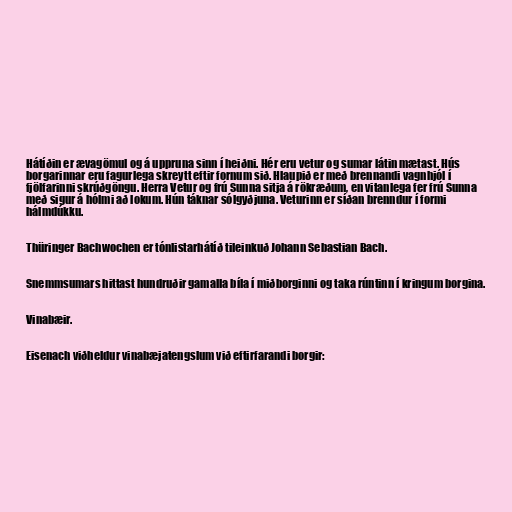
Hátíðin er ævagömul og á uppruna sinn í heiðni. Hér eru vetur og sumar látin mætast. Hús
borgarinnar eru fagurlega skreytt eftir fornum sið. Hlaupið er með brennandi vagnhjól í
fjölfarinni skrúðgöngu. Herra Vetur og frú Sunna sitja á rökræðum, en vitanlega fer frú Sunna
með sigur á hólmi að lokum. Hún táknar sólgyðjuna. Veturinn er síðan brenndur í formi
hálmdúkku.

Thüringer Bachwochen er tónlistarhátíð tileinkuð Johann Sebastian Bach.

Snemmsumars hittast hundruðir gamalla bíla í miðborginni og taka rúntinn í kringum borgina.

Vinabæir.

Eisenach viðheldur vinabæjatengslum við eftirfarandi borgir: